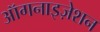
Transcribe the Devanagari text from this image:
ऑगनाइज़ेशन